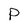
Character: P